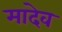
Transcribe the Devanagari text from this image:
मादेव